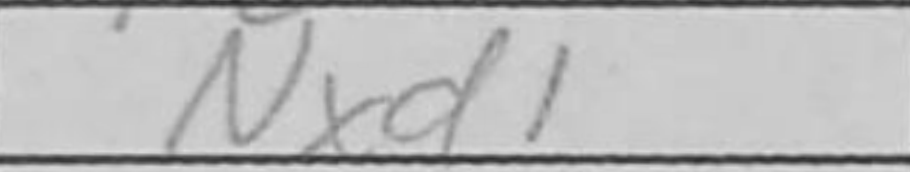
Transcription: Nxd1